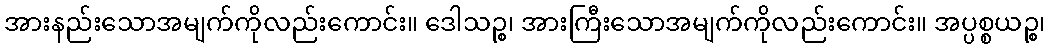
အားနည်းသောအမျက်ကိုလည်းကောင်း။ ဒေါသဉ္စ၊ အားကြီးသောအမျက်ကိုလည်းကောင်း။ အပ္ပစ္စယဉ္စ၊